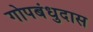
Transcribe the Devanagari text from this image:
गोपबंधुदास